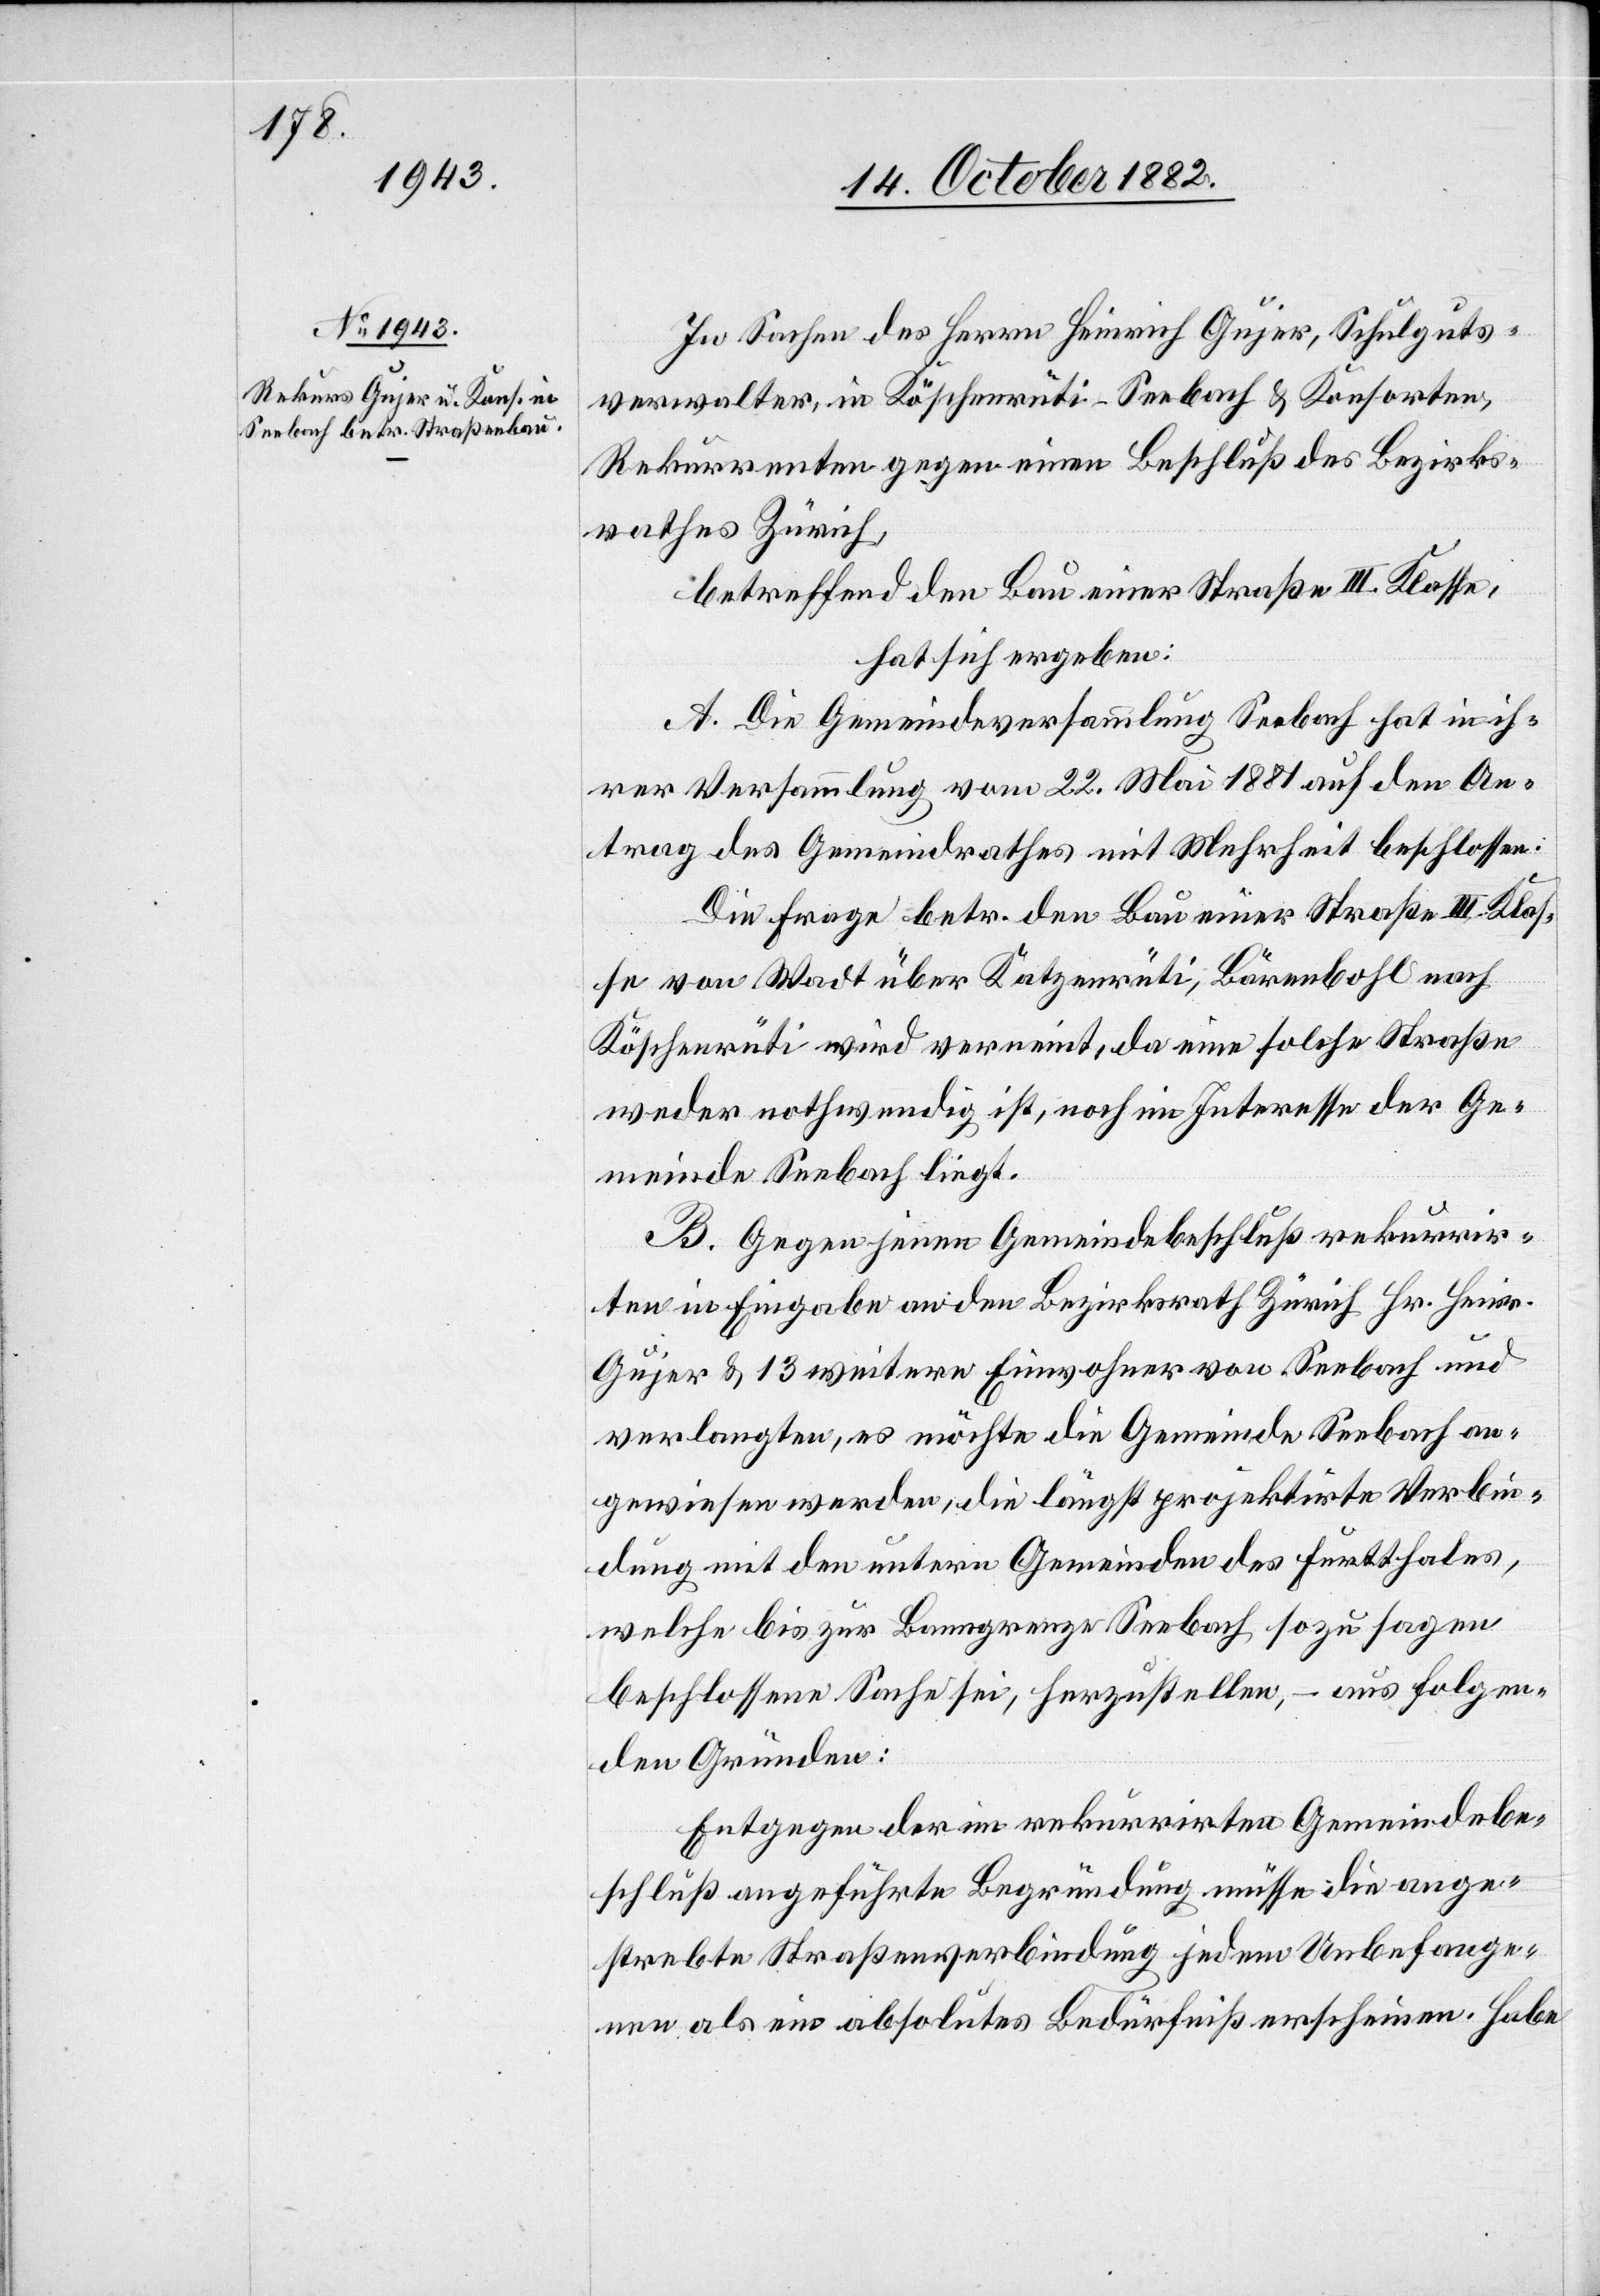
In Sachen des Herrn Heinrich Gujer, Schulguts¬
verwalter, in Köschenrüti - Seebach & Konsorten,
Rekurrenten gegen einen Beschluß des Bezirks¬
rathes Zürich,
betreffend den Bau einer Straße III. Klasse,
hat sich ergeben:
A. Die Gemeindeversammlung Seebach hat in ih¬
rer Versammlung vom 22. Mai 1881 auf den An¬
trag des Gemeindrathes mit Mehrheit beschlossen:
Die Frage betr. den Bau einer Straße III. Klas¬
se von Wadt über Katzenrüti, Bärenbohl nach
Köschenrüti wird verneint, da eine solche Straße
weder nothwendig ist, noch im Interesse der Ge¬
meinde Seebach liegt.
B. Gegen jenen Gemeindebeschluß rekurrir¬
ten in Eingabe an den Bezirksrath Zürich Hr. Heinr.
Gujer & 13 weitere Einwohner von Seebach und
verlangten, es möchte die Gemeinde Seebach an¬
gewiesen werden, die längst projektirte Verbin¬
dung mit den untern Gemeinden des Furtthales,
welche bis zur Baumgrenze Seebach sozusagen
beschlossene Sache sei, herzustellen, – aus folgen¬
den Gründen:
Entgegen der im rekurrirten Gemeindebe¬
schluß angeführte[n] Begründung müsse die ange¬
strebte Straßenverbindung jedem Unbefange¬
nen als ein absolutes Bedürfniß erscheinen. Habe